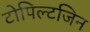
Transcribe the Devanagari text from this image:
टोपिल्टजिन